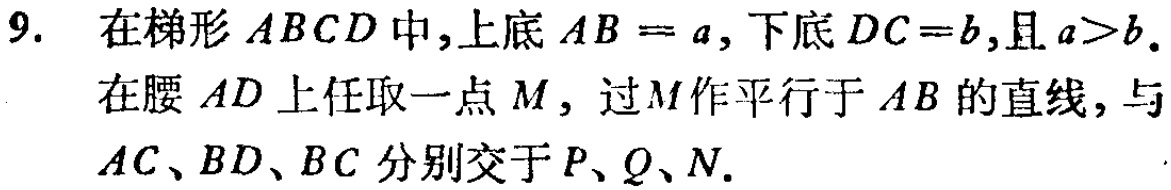
9. 在梯形 \(ABCD\) 中，上底 \(AB = a\)，下底 \(DC = b\)，且 \(a>b\)。

在腰 \(AD\) 上任取一点 \(M\)，过 \(M\) 作平行于 \(AB\) 的直线，与

\(AC\)、\(BD\)、\(BC\) 分别交于 \(P\)、\(Q\)、\(N\)。